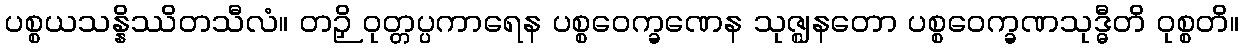
ပစ္စယသန္နိဿိတသီလံ။ တဉှိ ဝုတ္တပ္ပကာရေန ပစ္စဝေက္ခဏေန သုဇ္ဈနတော ပစ္စဝေက္ခဏသုဒ္ဓီတိ ဝုစ္စတိ။